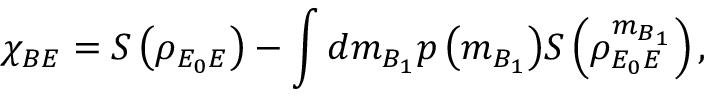
{ { \chi } _ { B E } } = S \left( { { \rho } _ { { E _ { 0 } } E } } \right) - \int { d { { m } _ { B _ { 1 } } } p \left( { { m } _ { B _ { 1 } } } \right) } S \left( \rho _ { { E _ { 0 } } E } ^ { { m } _ { B _ { 1 } } } \right) ,